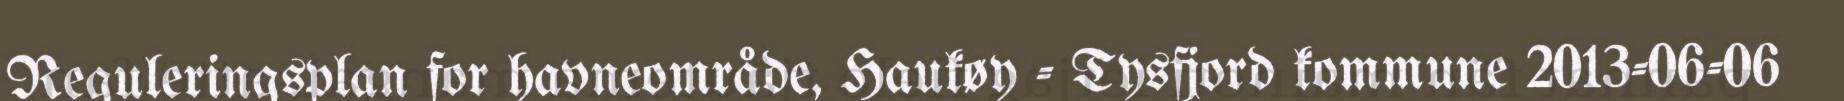
Reguleringsplan for havneområde, Haukøy - Tysfjord kommune 2013-06-06